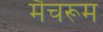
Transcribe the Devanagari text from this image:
मैचरूम